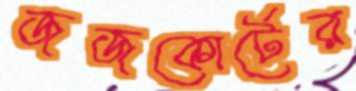
জজকোর্টের